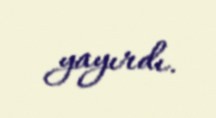
yayırdı.